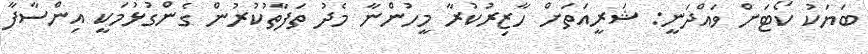
ބަޔަކު ކޯޓަށް ވައްދަނީ: ޝަރީއަތަށް ހާޒިރުކުރާ މީހުންނާ މެދު ތަފާތުކުރުން ގެންގުޅުމަކީ އިންސާފާ